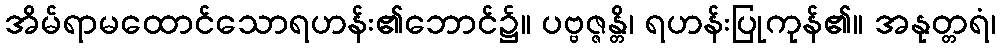
အိမ်ရာမထောင်သောရဟန်း၏ဘောင်၌။ ပဗ္ဗဇ္ဇန္တိ၊ ရဟန်းပြုကုန်၏။ အနုတ္တရံ၊